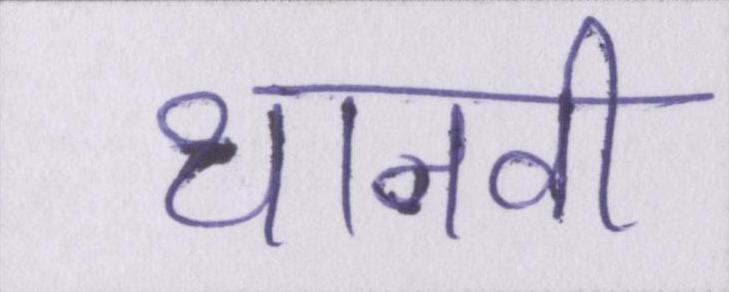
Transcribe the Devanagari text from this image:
थानवी